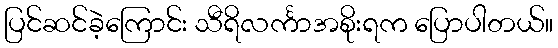
ပြင်ဆင်ခဲ့ကြောင်း သီရိလင်္ကာအစိုးရက ပြောပါတယ်။